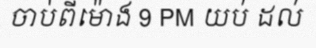
ចាប់ពីម៉ោង 9 PM យប់ ដល់